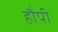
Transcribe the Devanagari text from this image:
हौपी